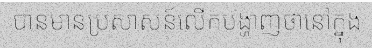
បានមានប្រសាសន៍លើកបង្ហាញថានៅក្នុង